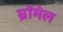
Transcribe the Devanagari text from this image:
ब्रॉमेल